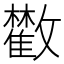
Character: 𩀼